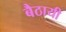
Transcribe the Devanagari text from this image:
बैठायी